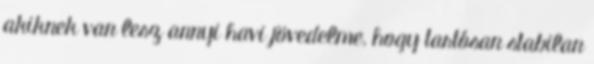
akiknek van lesz annyi havi jövedelme, hogy tartósan stabilan